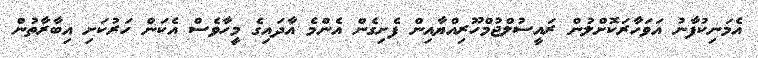
އެމަނިކުފާނު އަވަހާރަކޮށްލުން ރައީސުލްޖުމްހޫރިއްޔާއިން ފެށިގެން އެންމެ އާދައިގެ މީހާވެސް އެކަން ހަރުކަށި އިބާރާތުން